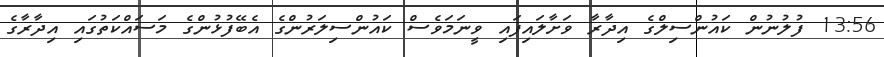
13:56 ފުލުނުން ކައުންސިލްގެ އިދާރާ ވަށާލައިފައި ވީނަމަވެސް ކައުންސިލަރުންގެ އެބޭފުޅުންގެ މަަސައްކަތުގައި އިދާރާގެ